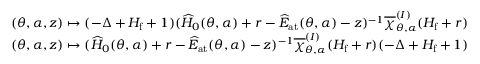
\begin{array} { r l } & { ( \theta , \alpha , z ) \mapsto ( - \Delta + H _ { \mathrm { f } } + 1 ) ( \widehat { H } _ { 0 } ( \theta , \alpha ) + r - \widehat { E } _ { \mathrm { a t } } ( \theta , \alpha ) - z ) ^ { - 1 } \overline { { \chi } } _ { \theta , \alpha } ^ { ( I ) } ( H _ { \mathrm { f } } + r ) } \\ & { ( \theta , \alpha , z ) \mapsto ( \widehat { H } _ { 0 } ( \theta , \alpha ) + r - \widehat { E } _ { \mathrm { a t } } ( \theta , \alpha ) - z ) ^ { - 1 } \overline { { \chi } } _ { \theta , \alpha } ^ { ( I ) } ( H _ { \mathrm { f } } + r ) ( - \Delta + H _ { \mathrm { f } } + 1 ) } \end{array}